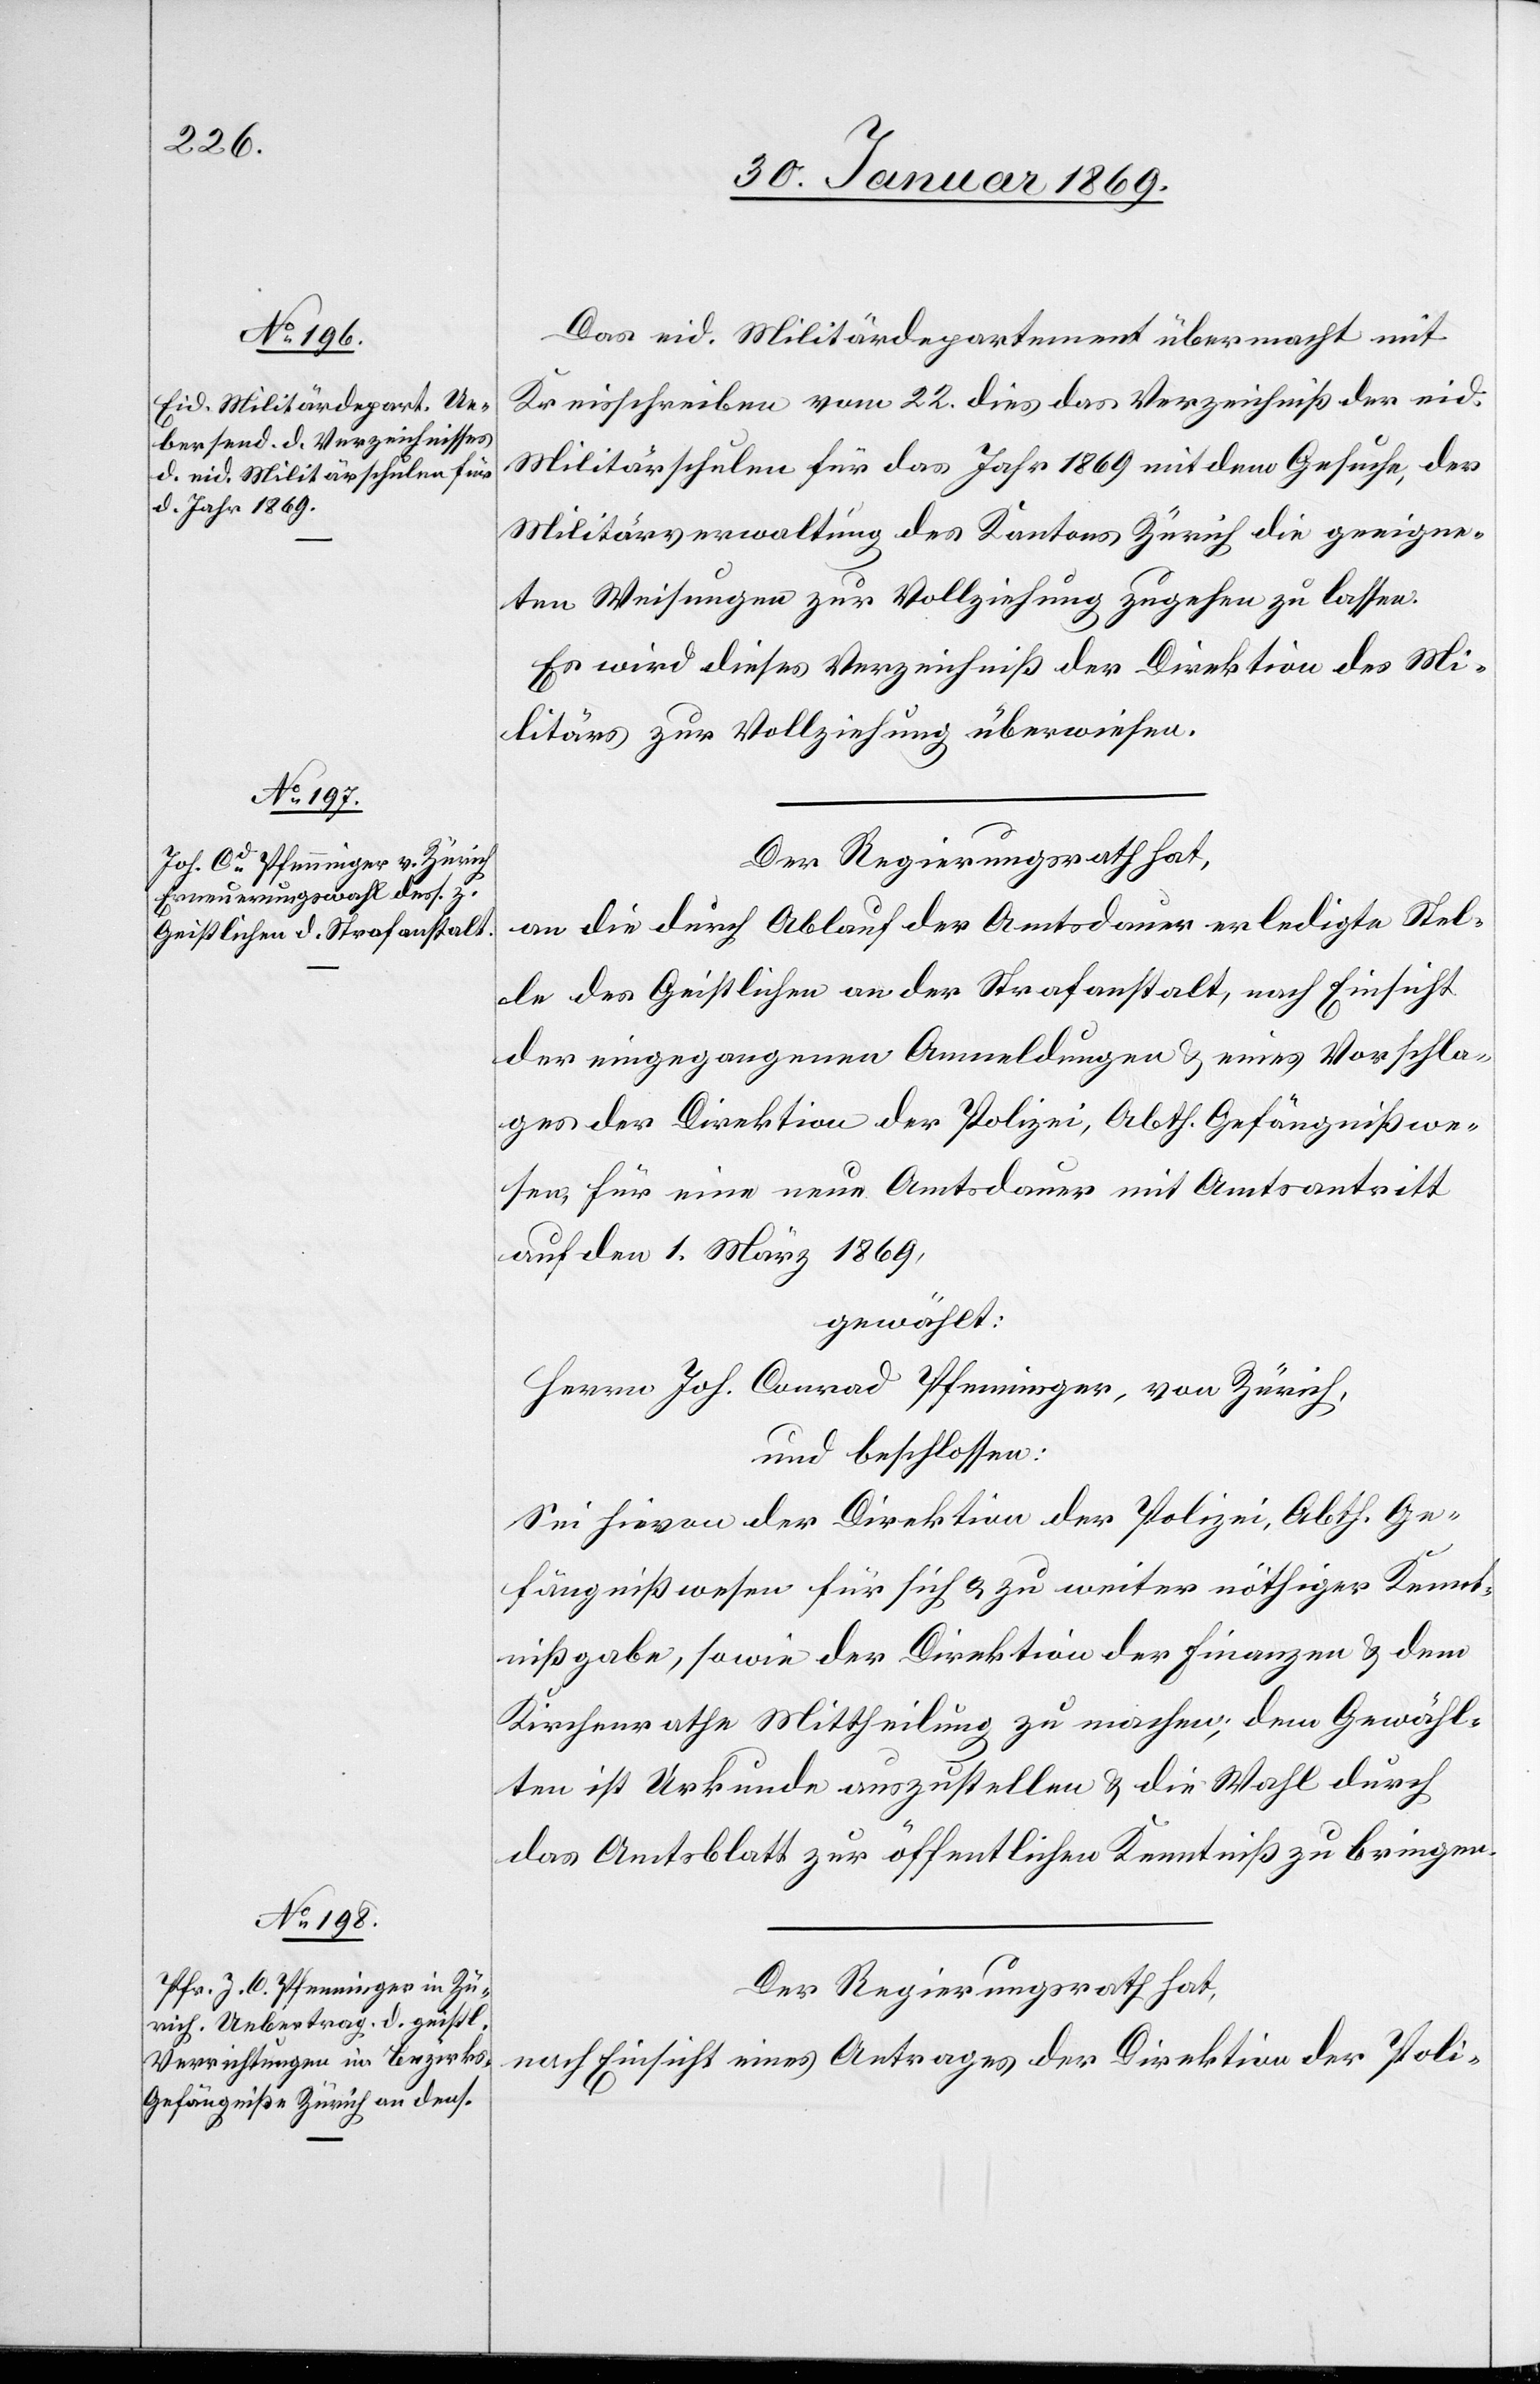
Das eid. Militärdepartement übermacht mit
Kreisschreiben vom 22. dies das Verzeichniß der eid.
Militärschulen für das Jahr 1869 mit dem Gesuche, der
Militärverwaltung des Kantons Zürich die geeigne¬
ten Weisungen zur Vollziehung zugehen zu lassen.
Es wird dieses Verzeichniß der Direktion des Mi¬
litärs zur Vollziehung überwiesen.
Der Regierungsrath hat,
an die durch Ablauf der Amtsdauer erledigte Stel¬
le des Geistlichen an der Strafanstalt, nach Einsicht
der eingezogenen Anmeldungen u. eines Vorschla¬
ges der Direktion der Polizei, Abth. Gefängnißwe¬
sen, für eine neue Amtsdauer mit Amtsantritt
auf den 1 März 1869,
gewählt:
Herrn Joh. Conrad Pfenninger, von Zürich,
und beschlossen:
Sei hievon der Direktion der Polizei, Abth. Ge¬
fängnißwesen für sich u. zu weiter nöthiger Kennt¬
nißgabe, sowie der Direktion der Finanzen u. dem
Kirchenrathe Mittheilung zu machen, dem Gewähl¬
ten ist Urkunde auszustellen u. die Wahl durch
das Amtsblatt zur öffentlichen Kenntniß zu bringen.
Der Regierungsrath hat,
nach Einsicht eines Antrages der Direktion der Poli-